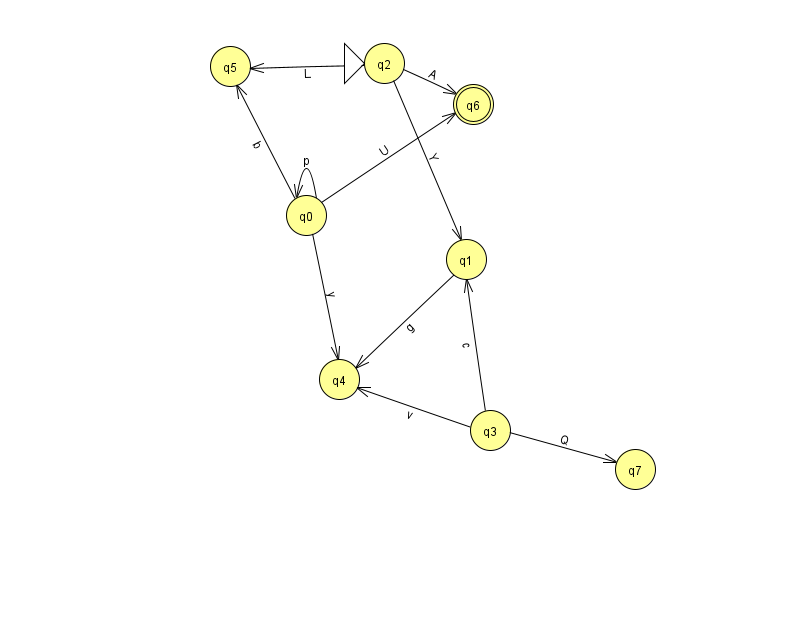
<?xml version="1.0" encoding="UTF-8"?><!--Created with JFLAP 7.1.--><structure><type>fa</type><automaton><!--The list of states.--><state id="0" name="q0"><x>306.0</x><y>202.0</y></state><state id="1" name="q1"><x>466.0</x><y>246.0</y></state><state id="2" name="q2"><x>384.0</x><y>50.0</y><initial/></state><state id="3" name="q3"><x>490.0</x><y>417.0</y></state><state id="4" name="q4"><x>339.0</x><y>366.0</y></state><state id="5" name="q5"><x>230.0</x><y>53.0</y></state><state id="6" name="q6"><x>473.0</x><y>91.0</y><final/></state><state id="7" name="q7"><x>635.0</x><y>456.0</y></state><!--The list of transitions.--><transition><from>0</from><to>0</to><read>p</read></transition><transition><from>3</from><to>4</to><read>v</read></transition><transition><from>1</from><to>4</to><read>g</read></transition><transition><from>2</from><to>1</to><read>Y</read></transition><transition><from>3</from><to>1</to><read>c</read></transition><transition><from>0</from><to>4</to><read>y</read></transition><transition><from>0</from><to>5</to><read>b</read></transition><transition><from>0</from><to>6</to><read>U</read></transition><transition><from>2</from><to>5</to><read>L</read></transition><transition><from>3</from><to>7</to><read>Q</read></transition><transition><from>2</from><to>6</to><read>A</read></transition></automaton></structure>